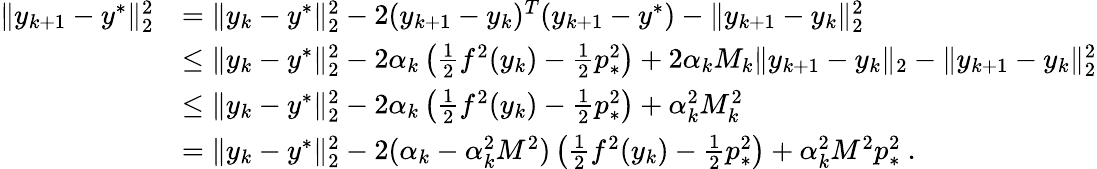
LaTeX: \begin{array}{rl}{\| y_{k+1}-y^{*}\| _{2}^{2}}&{=\| y_{k}-y^{*}\| _{2}^{2}-2(y_{k+1}-y_{k})^{T}(y_{k+1}-y^{*})-\| y_{k+1}-y_{k}\| _{2}^{2}}\\ &{\leq\| y_{k}-y^{*}\| _{2}^{2}-2\alpha_{k}\left(\frac{1}{2}f^{2}(y_{k})-\frac{1}{2}p_{*}^{2}\right)+2\alpha_{k}M_{k}\| y_{k+1}-y_{k}\| _{2}-\| y_{k+1}-y_{k}\| _{2}^{2}}\\ &{\leq\| y_{k}-y^{*}\| _{2}^{2}-2\alpha_{k}\left(\frac{1}{2}f^{2}(y_{k})-\frac{1}{2}p_{*}^{2}\right)+\alpha_{k}^{2}M_{k}^{2}}\\ &{=\| y_{k}-y^{*}\| _{2}^{2}-2(\alpha_{k}-\alpha_{k}^{2}M^{2})\left(\frac{1}{2}f^{2}(y_{k})-\frac{1}{2}p_{*}^{2}\right)+\alpha_{k}^{2}M^{2}p_{*}^{2}\ .}\end{array}